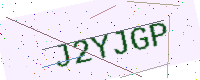
Text: J2YJGP